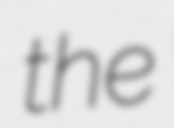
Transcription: the